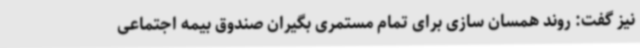
نیز گفت: روند همسان سازی برای تمام مستمری بگیران صندوق بیمه اجتماعی